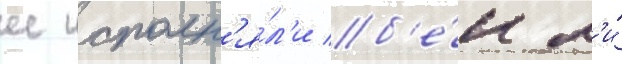
ее исполн'я́л'и б'е́н л'и́